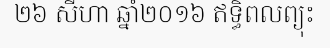
២៦ សីហា ឆ្នាំ២០១៦ ឥទ្ធិពលព្យុះ